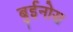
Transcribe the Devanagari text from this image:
बुईनोस